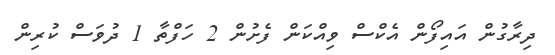
ދިރާގުން އައިފޯން އެކްސް ވިއްކަން ފެށުން 2 ހަފްތާ 1 ދުވަސް ކުރިން